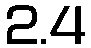
2.4